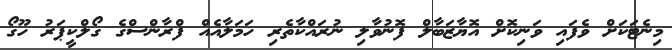
މިނެޓަކަށް ވެފައި ވަނިކޮށް އޮޔާޒަބާލް ފޮނުވާލި ނުރައްކާތެރި ހަމަލާއެއް ފްރާންސްގެ ގޯލްކީޕަރު ހޫގޯ